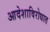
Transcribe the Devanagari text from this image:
आदेशाविरोधात